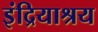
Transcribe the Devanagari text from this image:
इंद्रियाश्रय